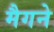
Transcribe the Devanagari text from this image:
मैगने